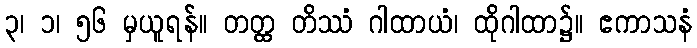
၃၊ ၁၊ ၅၆ မှယူရန်။ တတ္ထ တိဿံ ဂါထာယံ၊ ထိုဂါထာ၌။ ဧကာသနံ